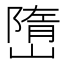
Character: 嶞